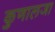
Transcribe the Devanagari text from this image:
कुणालजा